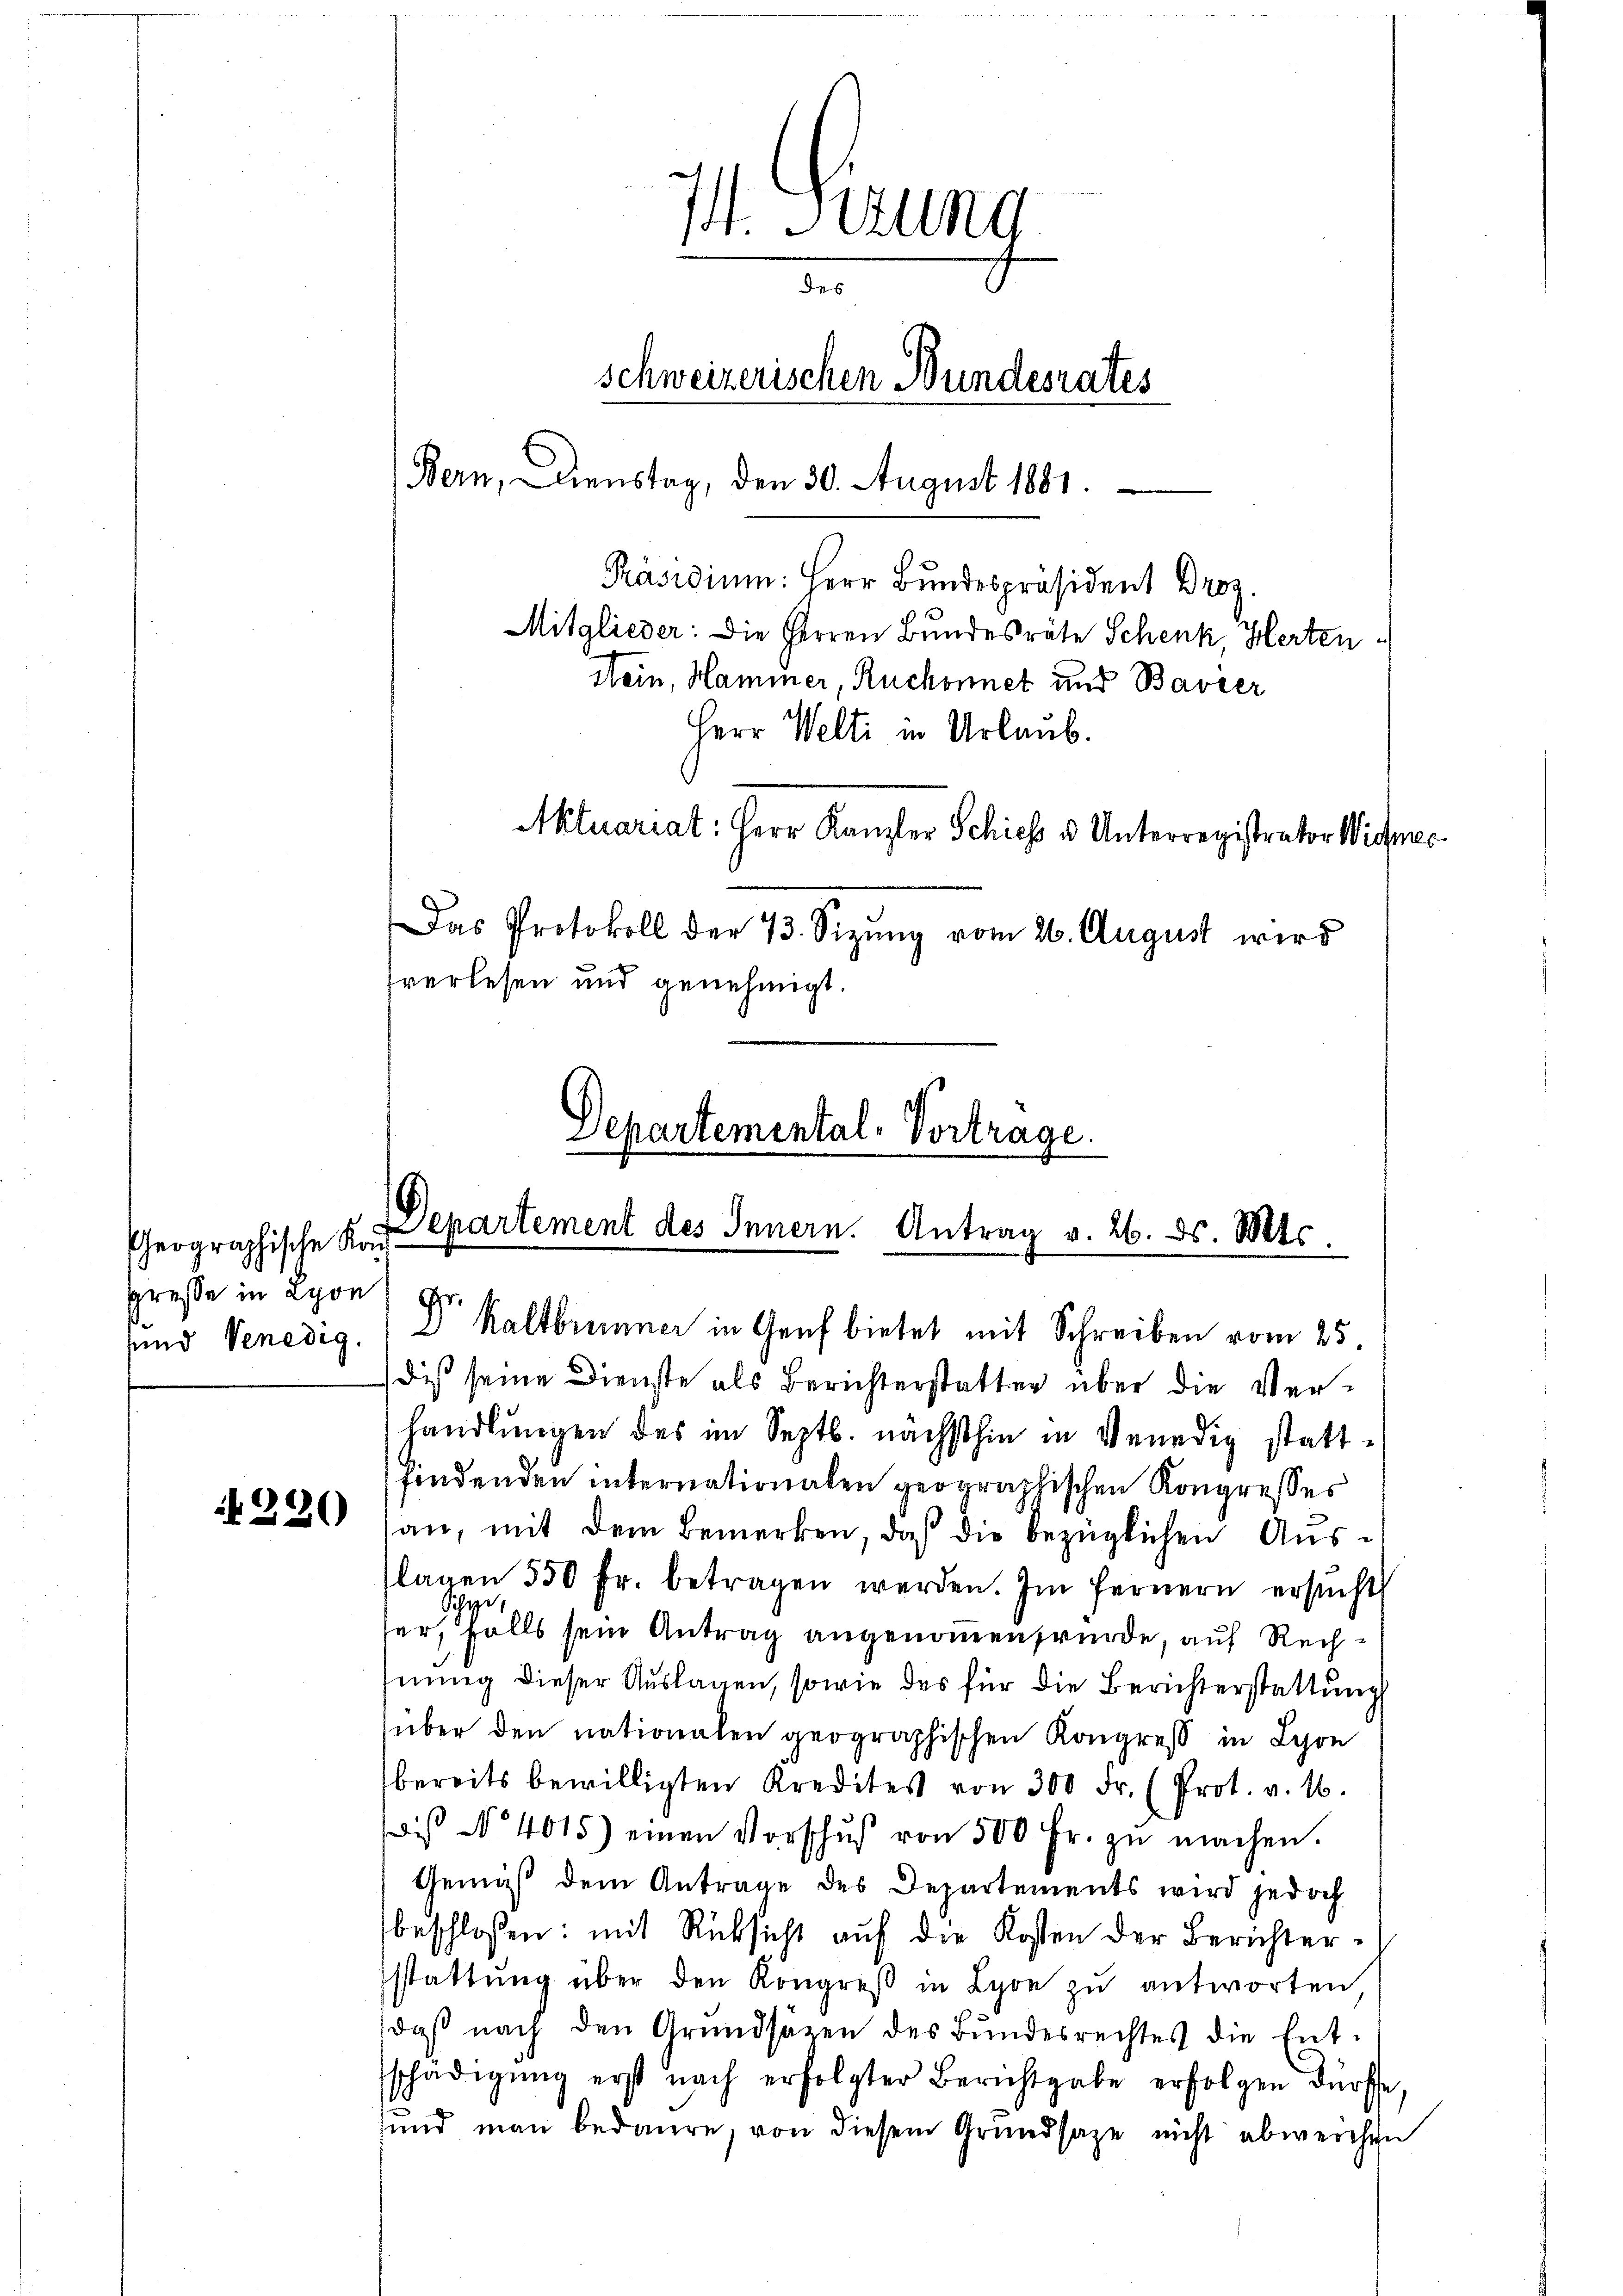
heographische Kauf
gresse in Lyon Gr

220

Nein, Hammer, Ruchonnet und Bavier
Herr Welti in Urlaub.

Departemental-Vortrage.
Departement des Innern. Antrag v. 26. ds. Mts.
und Venedig, 2 Kaltbrunner in Genf bietet mit Schreiben vom 25.

I. Sitzung
des
schweizerischen Bundesrates
Bern, Dienstag, den 30. August 1881

Präsidiŭm: Herr Bŭndespräsident Droz.
Mitglieder: Die Herren Bundesräte Schenk, Herten
Aktuariat: Herr Kanzler Schiess u. Unterregistrator Widers
Das Protokoll der 73. Sizung vom 26. August wird
fverlesen und genehmigt.

diß seine Dienste als Berichterstatten über die Verhandlungen des im Septb. nächsthin in Venedig stattfindenden internationalen geographischen Kongresses
an, mit dem Bemerken, daß die bezüglichen Ausflagen 550 fr. betragen werden. Im fernern ersŭcht
serfalls sein Antrag angenommen würde, auf Rechnung dieser Auslagen, sowie des für die Berichterstattung
über den nationalen geographischen Kongreß in Lyon
bereits bewilligten Kredites von 300 Fr. (Prot. v. 16.
is No 4015) einen Vorschŭβ von 500 Fr. zŭ machen.
Gemäß dem Antrage des Departements wird jedoch
beschlossen: mit Rücksicht auf die Kosten der Berichterstattŭng über den Kongreβ in Lyon zu antworten
daβ nach den Grundsätzen des Bundesrechtes die Ent-
schädigung erst nach erfolgter Berichtgabe erfolgen dürfe.
sund man bedaure, von diesem Grundsaze nicht abweichen